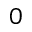
0